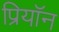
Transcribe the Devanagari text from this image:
प्रियॉन